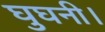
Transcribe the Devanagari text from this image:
घुघनी।